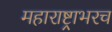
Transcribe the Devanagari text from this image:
महाराष्ट्राभरच